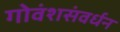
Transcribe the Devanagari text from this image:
गोवंशसंवर्धन